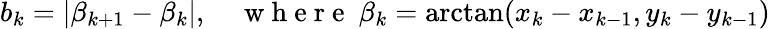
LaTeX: b_{k}=\left|\beta_{k+1}-\beta_{k}\right|,\quad\mathrm{~w~h~e~r~e~}\ \beta_{k}=\arctan(x_{k}-x_{k-1},y_{k}-y_{k-1})